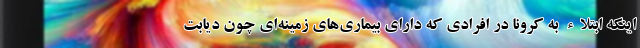
اینکه ابتلاء به کرونا در افرادی که دارای بیماری‌های زمینه‌ای چون دیابت